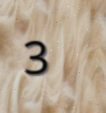
3